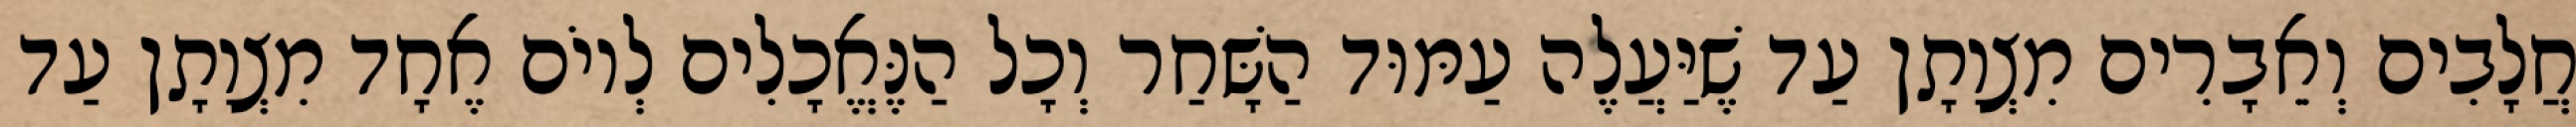
חֲלָבִים וְאֵבָרִים מִצְוָתָן עַד שֶׁיַּעֲלֶה עַמּוּד הַשָּׁחַר וְכָל הַנֶּאֱכָלִים לְיוֹם אֶחָד מִצְוָתָן עַד